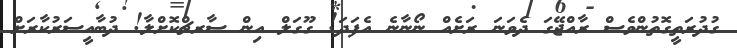
ގުދުރަތީގޮތުންވެސް ރާއްޖޭގަ ދެވަނަ ރަށެއް ނޯނާނެ އެފަދަ! ގޫގަލް އިން ސާރޗްކޮށްލާ! ދުބާއީސަރުކާރަށް